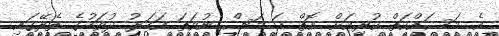
އެ މަސައްކަތް ކުރިއަށް އޮތް ހަ މަސް ނުވަތަ އަހަރު ދުވަހުގެ ތެރޭގައި